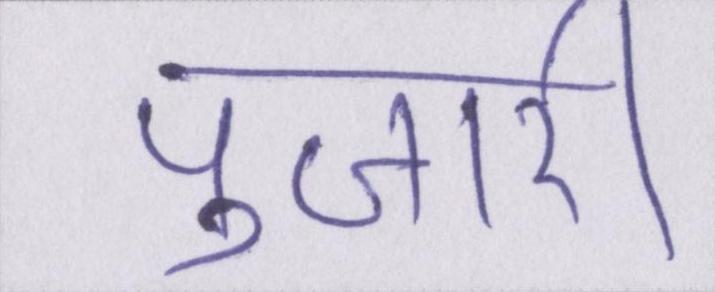
पुजारी